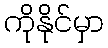
ကိုနိုင်မှာ